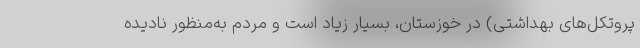
پروتکل‌های بهداشتی) در خوزستان، بسیار زیاد است و مردم به‌منظور نادیده